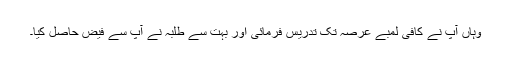
وہاں آپ نے کافی لمبے عرصہ تک تدریس فرمائی اور بہت سے طلبہ نے آپ سے فیض حاصل کیا۔